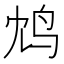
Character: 鸩